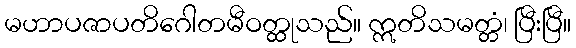
မဟာပဇာပတိဂေါတမီဝတ္ထုသည်။ ဣတိသမတ္တံ၊ ပြီးပြီ။